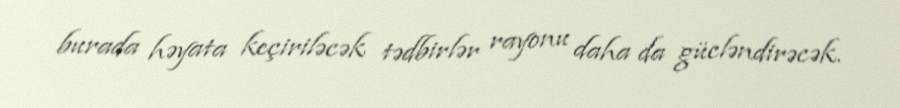
burada həyata keçiriləcək tədbirlər rayonu daha da gücləndirəcək.